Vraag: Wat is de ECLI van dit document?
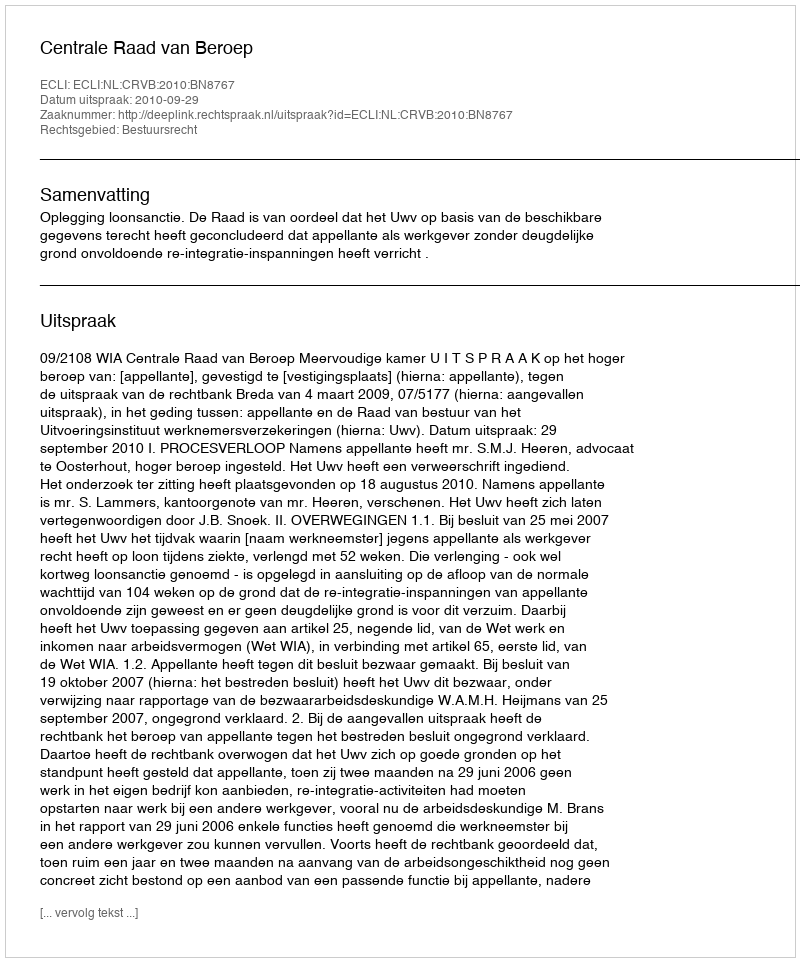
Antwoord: ECLI:NL:CRVB:2010:BN8767